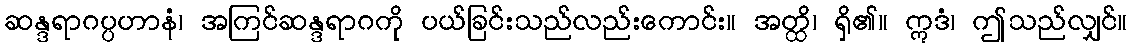
ဆန္ဒရာဂပ္ပဟာနံ၊ အကြင်ဆန္ဒရာဂကို ပယ်ခြင်းသည်လည်းကောင်း။ အတ္ထိ၊ ရှိ၏။ ဣဒံ၊ ဤသည်လျှင်။